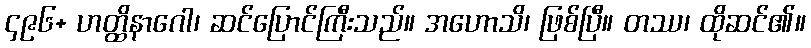
၄၉၆+ ဟတ္ထိနာဂေါ၊ ဆင်ပြောင်ကြီးသည်။ အဟောသိ၊ ဖြစ်ပြီ။ တဿ၊ ထိုဆင်၏။